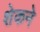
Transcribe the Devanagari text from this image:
शेकने